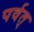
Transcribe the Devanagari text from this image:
पर्वत्